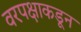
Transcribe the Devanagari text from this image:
वरपक्षाकडून